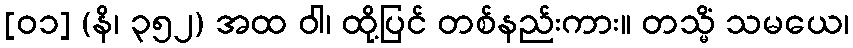
[၀၁] (နိ၊ ၃၅၂) အထ ဝါ၊ ထို့ပြင် တစ်နည်းကား။ တသ္မိံ သမယေ၊